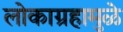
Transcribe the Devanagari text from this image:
लोकाग्रहामुळे